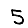
Digit: 5